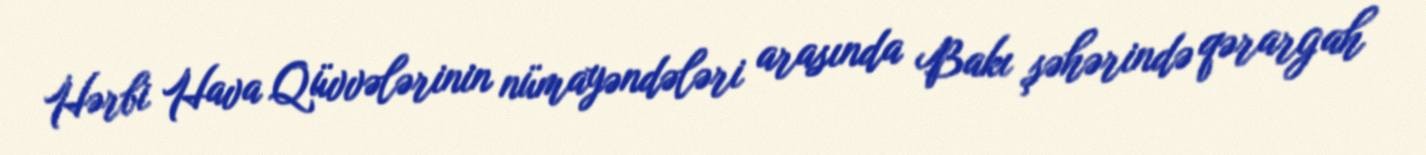
Hərbi Hava Qüvvələrinin nümayəndələri arasında Bakı şəhərində qərargah